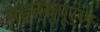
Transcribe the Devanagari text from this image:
महत्वूपूर्ण